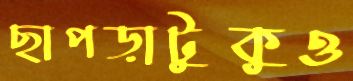
ছাপড়াটুকুও